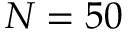
N = 5 0